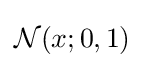
{\mathcal {N}}(x;0,1)